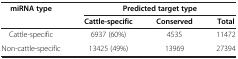
<table><thead><tr><td rowspan="2"><b>miRNA type</b></td><td colspan="3"><b>Predicted target type</b></td></tr><tr><td><b>Cattle-specific</b></td><td><b>Conserved</b></td><td><b>Total</b></td></tr></thead><tbody><tr><td>Cattle-specific</td><td>6937 (60%)</td><td>4535</td><td>11472</td></tr><tr><td>Non-cattle-specific</td><td>13425 (49%)</td><td>13969</td><td>27394</td></tr></tbody></table>